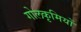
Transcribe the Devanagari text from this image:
गोलकृमियों